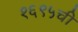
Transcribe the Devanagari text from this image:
१६९५ची